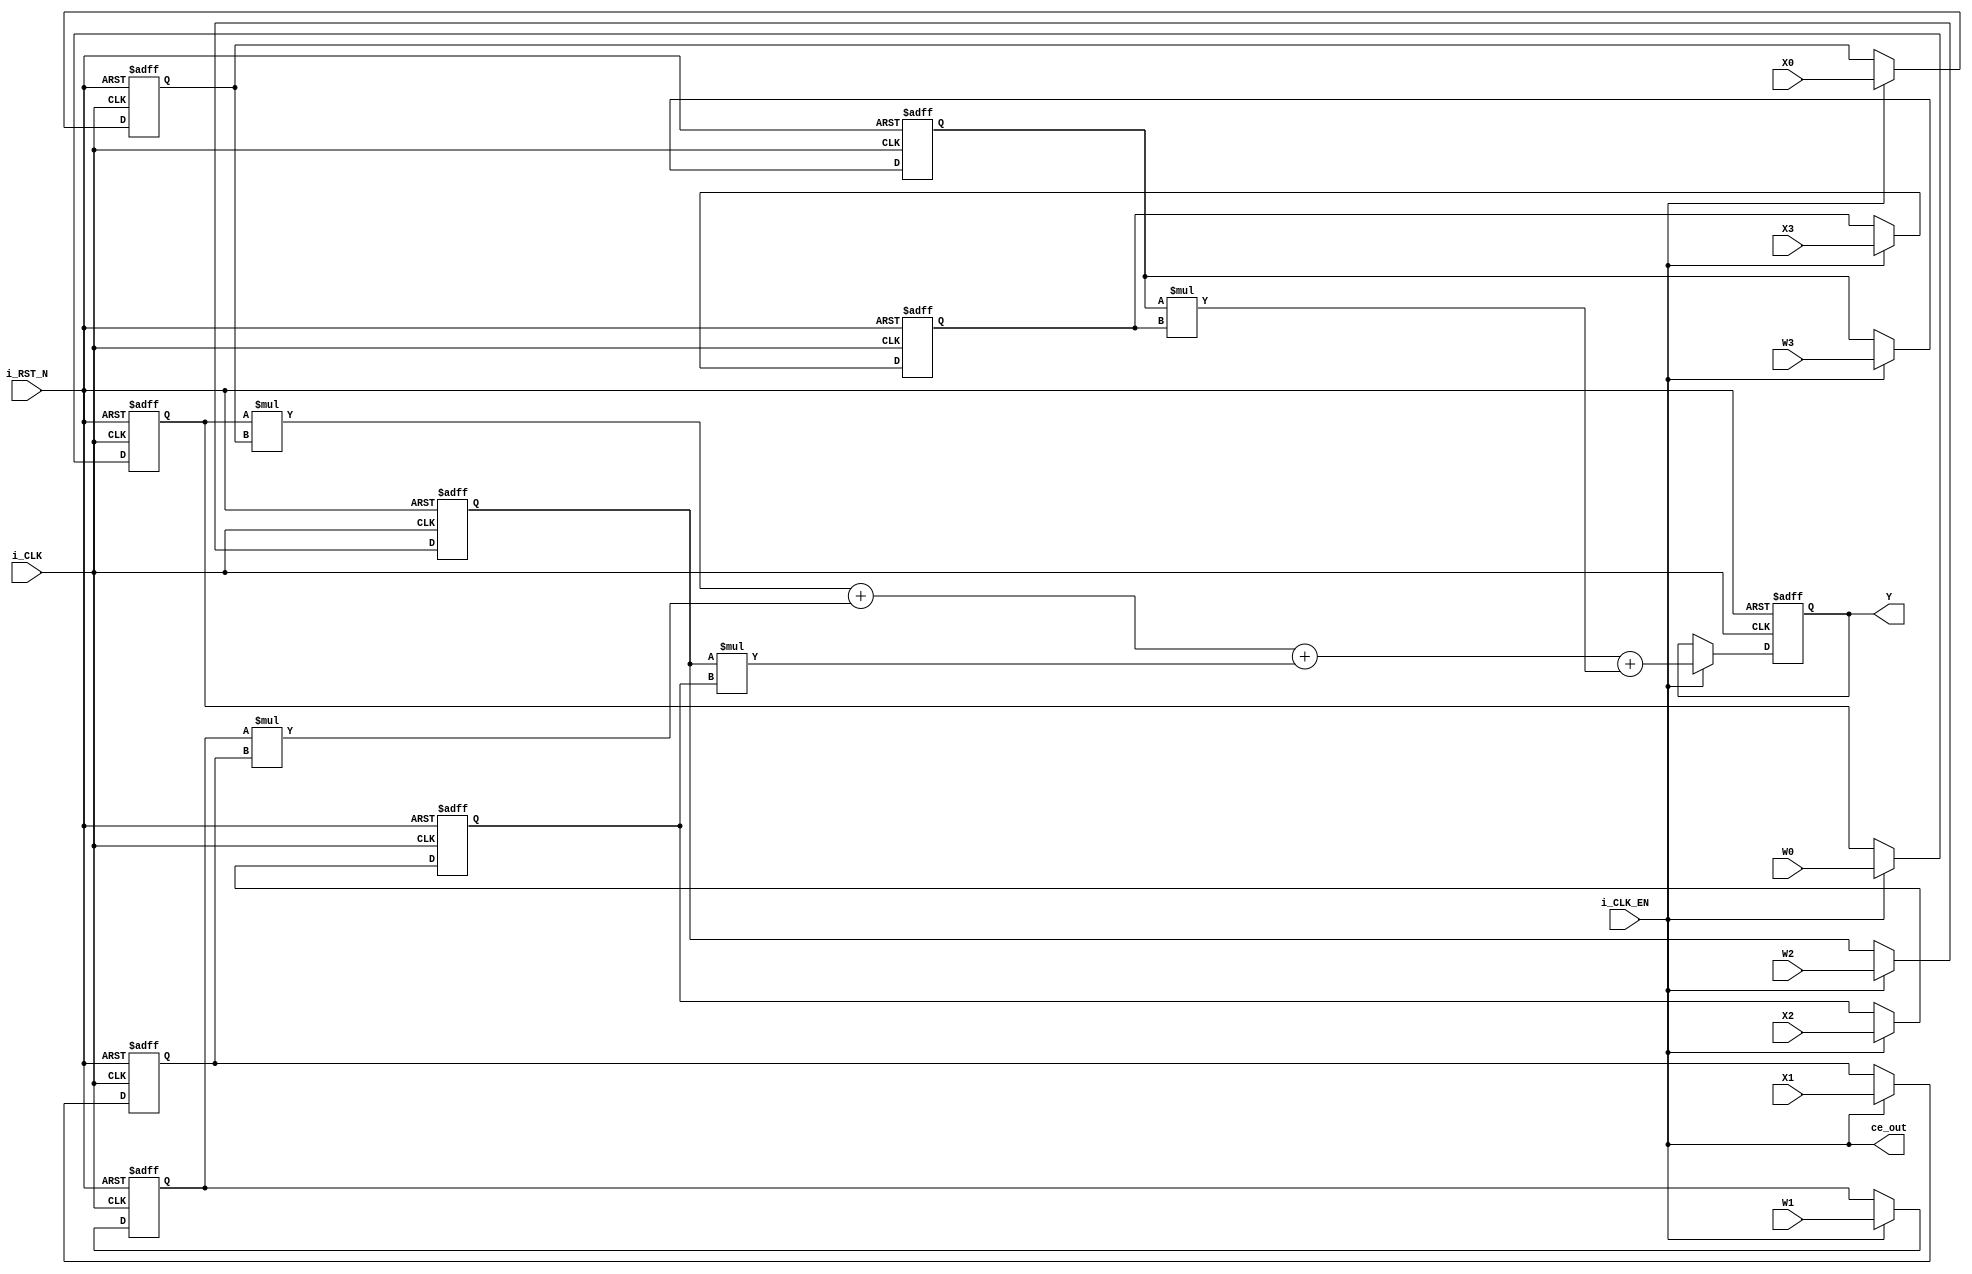
// -------------------------------------------------------------
// 
// 
// Generated by MATLAB 9.12 and HDL Coder 3.20
// 
// 
// -- -------------------------------------------------------------
// -- Rate and Clocking Details
// -- -------------------------------------------------------------
// Model base rate: 1
// Target subsystem base rate: 1
// 
// 
// Clock Enable  Sample Time
// -- -------------------------------------------------------------
// ce_out        1
// -- -------------------------------------------------------------
// 
// 
// Output Signal                 Clock Enable  Sample Time
// -- -------------------------------------------------------------
// Y                             ce_out        1
// -- -------------------------------------------------------------
// 
// -------------------------------------------------------------


// -------------------------------------------------------------
// 
// Module: PROCESSING_UNIT
// Source Path: lab1/PROCESSING_UNIT
// Hierarchy Level: 0
// 
// -------------------------------------------------------------

`timescale 1 ns / 1 ns

module PROCESSING_UNIT
          (i_CLK,
           i_RST_N,
           i_CLK_EN,
           W0,
           X0,
           W1,
           X1,
           W2,
           X2,
           W3,
           X3,
           ce_out,
           Y);


  input   i_CLK;
  input   i_RST_N;
  input   i_CLK_EN;
  input   signed [7:0] W0;  // int8
  input   signed [7:0] X0;  // int8
  input   signed [7:0] W1;  // int8
  input   signed [7:0] X1;  // int8
  input   signed [7:0] W2;  // int8
  input   signed [7:0] X2;  // int8
  input   signed [7:0] W3;  // int8
  input   signed [7:0] X3;  // int8
  output  ce_out;
  output  signed [15:0] Y;  // int16


  wire enb;
  reg signed [7:0] Unit_Delay_out1;  // int8
  reg signed [7:0] Unit_Delay2_out1;  // int8
  reg signed [7:0] Unit_Delay4_out1;  // int8
  reg signed [7:0] Unit_Delay6_out1;  // int8
  reg signed [7:0] Unit_Delay1_out1;  // int8
  wire signed [15:0] Product_mul_temp;  // sfix16
  wire [15:0] Product_out1;  // uint16
  reg signed [7:0] Unit_Delay3_out1;  // int8
  wire signed [15:0] Product1_out1;  // int16
  wire signed [31:0] Add_stage2_add_temp;  // sfix32
  wire signed [31:0] Add_stage2_1;  // sfix32
  wire signed [31:0] Add_stage2_2;  // sfix32
  wire signed [16:0] Add_op_stage1;  // sfix17
  reg signed [7:0] Unit_Delay5_out1;  // int8
  wire signed [15:0] Product2_out1;  // int16
  wire signed [31:0] Add_stage3_add_temp;  // sfix32
  wire signed [31:0] Add_stage3_1;  // sfix32
  wire signed [31:0] Add_stage3_2;  // sfix32
  wire signed [17:0] Add_op_stage2;  // sfix18
  reg signed [7:0] Unit_Delay7_out1;  // int8
  wire signed [15:0] Product3_out1;  // int16
  wire signed [31:0] Add_stage4_add_temp;  // sfix32
  wire signed [31:0] Add_stage4_1;  // sfix32
  wire signed [31:0] Add_stage4_2;  // sfix32
  wire signed [15:0] Add_out1;  // int16
  reg signed [15:0] Unit_Delay8_out1;  // int16


  assign enb = i_CLK_EN;

  always @(posedge i_CLK or negedge i_RST_N)
    begin : Unit_Delay_process
      if (i_RST_N == 1'b0) begin
        Unit_Delay_out1 <= 8'sb00000000;
      end
      else begin
        if (enb) begin
          Unit_Delay_out1 <= W0;
        end
      end
    end



  always @(posedge i_CLK or negedge i_RST_N)
    begin : Unit_Delay2_process
      if (i_RST_N == 1'b0) begin
        Unit_Delay2_out1 <= 8'sb00000000;
      end
      else begin
        if (enb) begin
          Unit_Delay2_out1 <= W1;
        end
      end
    end



  always @(posedge i_CLK or negedge i_RST_N)
    begin : Unit_Delay4_process
      if (i_RST_N == 1'b0) begin
        Unit_Delay4_out1 <= 8'sb00000000;
      end
      else begin
        if (enb) begin
          Unit_Delay4_out1 <= W2;
        end
      end
    end



  always @(posedge i_CLK or negedge i_RST_N)
    begin : Unit_Delay6_process
      if (i_RST_N == 1'b0) begin
        Unit_Delay6_out1 <= 8'sb00000000;
      end
      else begin
        if (enb) begin
          Unit_Delay6_out1 <= W3;
        end
      end
    end



  always @(posedge i_CLK or negedge i_RST_N)
    begin : Unit_Delay1_process
      if (i_RST_N == 1'b0) begin
        Unit_Delay1_out1 <= 8'sb00000000;
      end
      else begin
        if (enb) begin
          Unit_Delay1_out1 <= X0;
        end
      end
    end



  assign Product_mul_temp = Unit_Delay_out1 * Unit_Delay1_out1;
  assign Product_out1 = Product_mul_temp;



  always @(posedge i_CLK or negedge i_RST_N)
    begin : Unit_Delay3_process
      if (i_RST_N == 1'b0) begin
        Unit_Delay3_out1 <= 8'sb00000000;
      end
      else begin
        if (enb) begin
          Unit_Delay3_out1 <= X1;
        end
      end
    end



  assign Product1_out1 = Unit_Delay2_out1 * Unit_Delay3_out1;



  assign Add_stage2_1 = {16'b0, Product_out1};
  assign Add_stage2_2 = {{16{Product1_out1[15]}}, Product1_out1};
  assign Add_stage2_add_temp = Add_stage2_1 + Add_stage2_2;
  assign Add_op_stage1 = Add_stage2_add_temp[16:0];



  always @(posedge i_CLK or negedge i_RST_N)
    begin : Unit_Delay5_process
      if (i_RST_N == 1'b0) begin
        Unit_Delay5_out1 <= 8'sb00000000;
      end
      else begin
        if (enb) begin
          Unit_Delay5_out1 <= X2;
        end
      end
    end



  assign Product2_out1 = Unit_Delay4_out1 * Unit_Delay5_out1;



  assign Add_stage3_1 = {{15{Add_op_stage1[16]}}, Add_op_stage1};
  assign Add_stage3_2 = {{16{Product2_out1[15]}}, Product2_out1};
  assign Add_stage3_add_temp = Add_stage3_1 + Add_stage3_2;
  assign Add_op_stage2 = Add_stage3_add_temp[17:0];



  always @(posedge i_CLK or negedge i_RST_N)
    begin : Unit_Delay7_process
      if (i_RST_N == 1'b0) begin
        Unit_Delay7_out1 <= 8'sb00000000;
      end
      else begin
        if (enb) begin
          Unit_Delay7_out1 <= X3;
        end
      end
    end



  assign Product3_out1 = Unit_Delay6_out1 * Unit_Delay7_out1;



  assign Add_stage4_1 = {{14{Add_op_stage2[17]}}, Add_op_stage2};
  assign Add_stage4_2 = {{16{Product3_out1[15]}}, Product3_out1};
  assign Add_stage4_add_temp = Add_stage4_1 + Add_stage4_2;
  assign Add_out1 = Add_stage4_add_temp[15:0];



  always @(posedge i_CLK or negedge i_RST_N)
    begin : Unit_Delay8_process
      if (i_RST_N == 1'b0) begin
        Unit_Delay8_out1 <= 16'sb0000000000000000;
      end
      else begin
        if (enb) begin
          Unit_Delay8_out1 <= Add_out1;
        end
      end
    end



  assign Y = Unit_Delay8_out1;

  assign ce_out = i_CLK_EN;

endmodule  // PROCESSING_UNIT